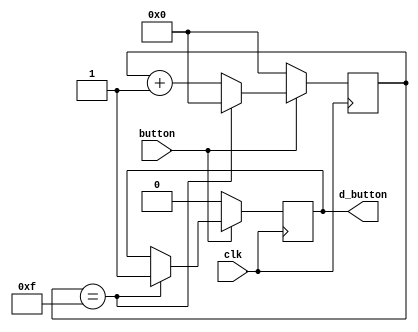
`timescale 1ns / 1ps
//////////////////////////////////////////////////////////////////////////////////
// Company: 
// Engineer: 
// 
// Design Name: 
// Module Name:    single_debouncer 
// Project Name: 
// Target Devices: 
// Tool versions: 
// Description: 
//
// Dependencies: 
//
// Revision: 
// Revision 0.01 - File Created
// Additional Comments: 
//
//////////////////////////////////////////////////////////////////////////////////
module single_debouncer(
    input clk,
    input button,
    output reg d_button
    );
	
	reg[3:0] counter;
	
	always @ (posedge clk) begin
			if (button == 1) begin
				counter <= counter + 1;
				
				if(counter == 4'hf) begin 
					d_button <= 1;
					counter <= 0;
				end
			end
			else begin //otherwise reset the counter
				d_button <= 0;
				counter <= 0;
			end
	end


endmodule